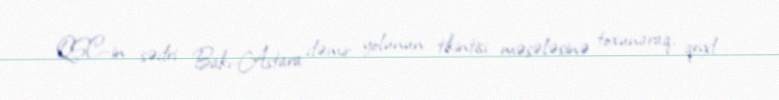
QSC-in sədri Bakı-Astara dəmir yolunun tikintisi məsələsinə toxunaraq, qeyd